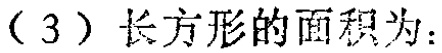
（3）长方形的面积为：